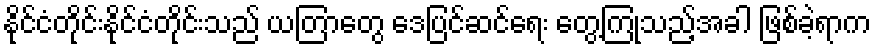
နိုင်ငံတိုင်းနိုင်ငံတိုင်းသည် ယတြာတွေ ဒေပြင်ဆင်ရေး တွေ့ကြုံသည့်အခါ ဖြစ်ခဲ့ရာက